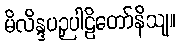
မိလိန္ဒပဉှပါဠိတော်နိသျ။